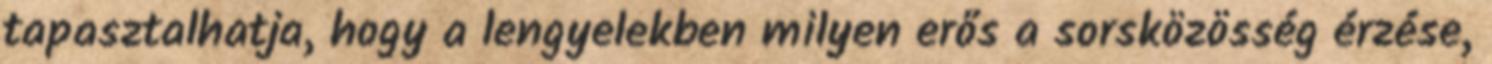
tapasztalhatja, hogy a lengyelekben milyen erős a sorsközösség érzése,